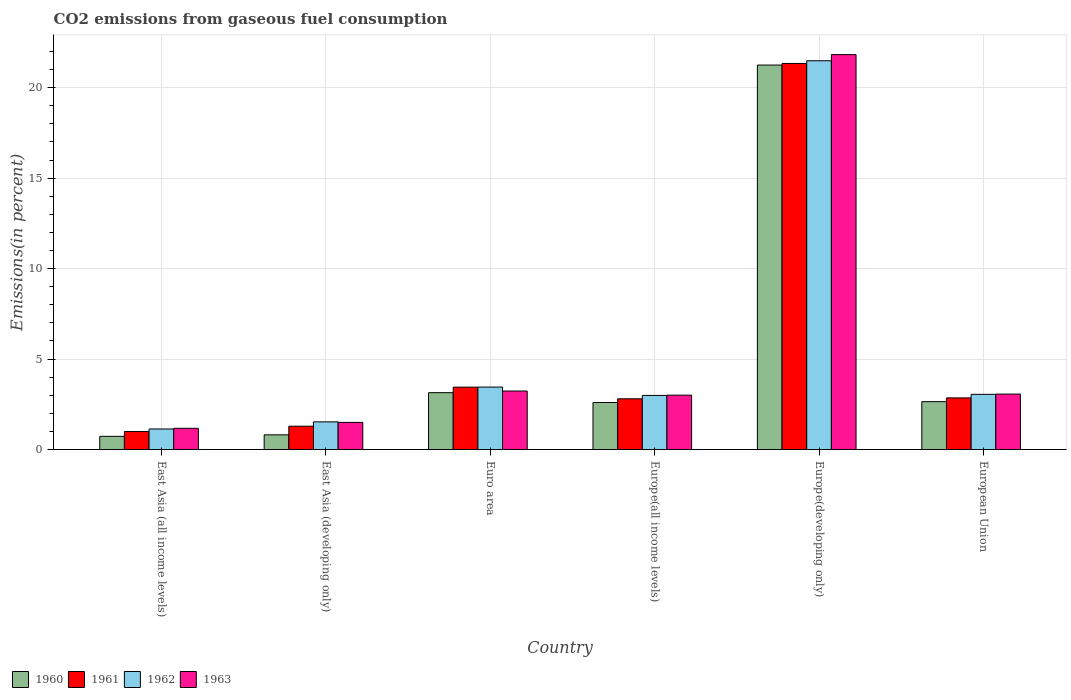
| Country | 1960 | 1961 | 1962 | 1963 |
 | --- | --- | --- | --- | --- |
 | East Asia (all income levels) | 0.728 | 0.994 | 1.14 | 1.17 |
 | East Asia (developing only) | 0.812 | 1.29 | 1.53 | 1.5 |
 | Euro area | 3.14 | 3.45 | 3.45 | 3.23 |
 | Europe(all income levels) | 2.6 | 2.8 | 2.99 | 3.01 |
 | Europe(developing only) | 21.3 | 21.3 | 21.5 | 21.8 |
 | European Union | 2.65 | 2.85 | 3.05 | 3.06 |